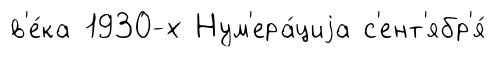
в'е́ка 1930-х Нум'ера́циjа с'ент'ябр'я́